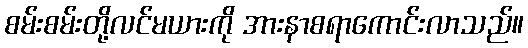
စမ်းစမ်းတို့လင်မယားကို အားနာစရာကောင်းလာသည်။